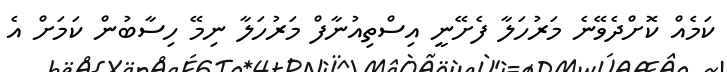
ކަމެއް ކޮށްދެވޭނެ މަރުހަލާ ފެށޭނީ އިސްތިއުނާފް މަރުހަލާ ނިމޭ ހިސާބުން ކަމަށް އެ